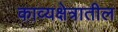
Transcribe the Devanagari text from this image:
काव्यक्षेत्रातील